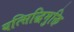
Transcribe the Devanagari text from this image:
यत्सिद्धिमुक्ति